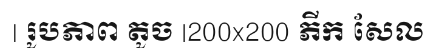
| រូបភាព តូច |200x200 ភីក សែល